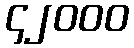
၄၂၀၀၀